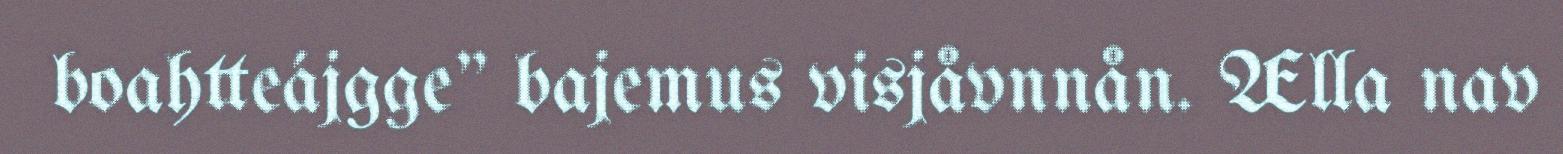
boahtteájgge" bajemus visjåvnnån. Ælla nav